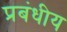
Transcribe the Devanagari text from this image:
प्रबंधीय